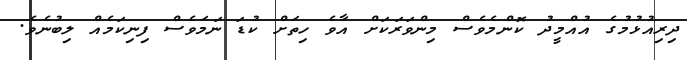
ދިރިއުޅުމުގެ އުއްމީދު ކޮންމެވެސް މިންވަރަކަށް އާވެ ހިތަށް ކުޑަ ނަމަވެސް ފިނިކަމެއް ލިބުނެވެ.